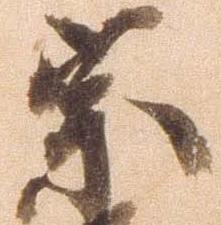
宗